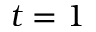
t = 1